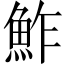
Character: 鮓